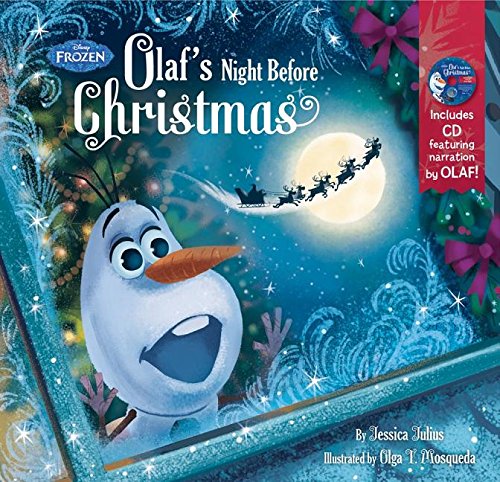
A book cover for Frozen Olaf's Night Before Christmas Book & CD; Disney Book Group; Children's Books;